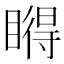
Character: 𥊤